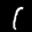
Label: 1